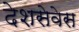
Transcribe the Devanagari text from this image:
देशसेवेस